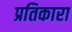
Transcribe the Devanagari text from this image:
प्रतिकारा